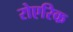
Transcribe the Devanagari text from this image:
रोएरिक